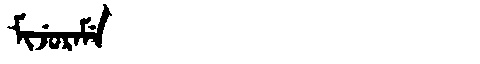
Manchu: ᠮᡳᠵᡠᡵᠠᠮᡝ
Romanization: MIJURAME